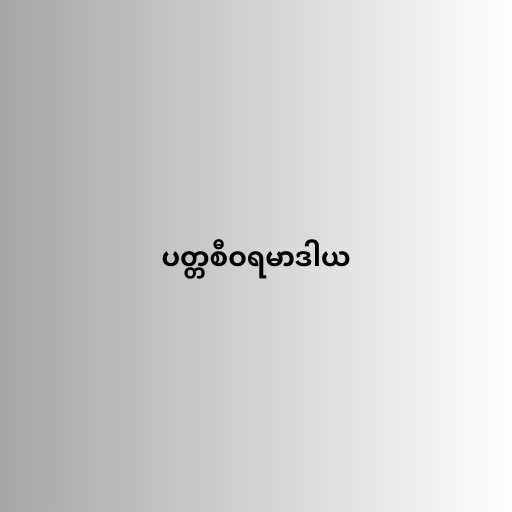
ပတ္တစီဝရမာဒါယ